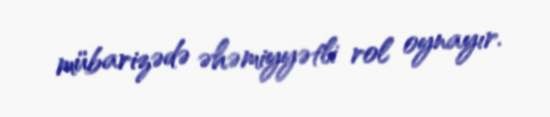
mübarizədə əhəmiyyətli rol oynayır.